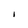
Character: I